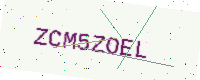
Text: ZCM5ZOEL